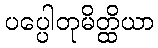
ပပ္ပေါတုမိတ္ထိယာ